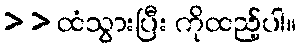
> > ထံသွားပြီး ကိုထည့်ပါ။